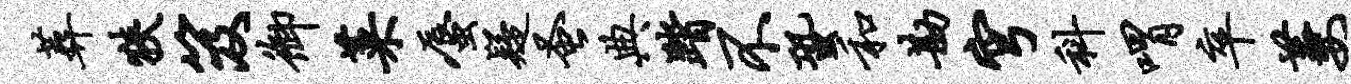
葬狭笈御菜蜃疑蚤典踏不蛩和勘穹科喟卒萋